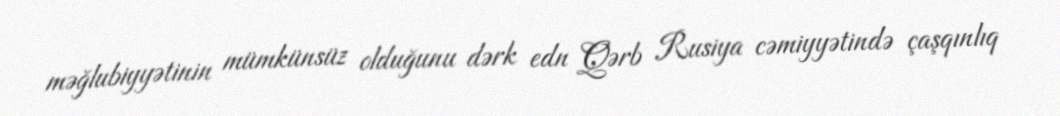
məğlubiyyətinin mümkünsüz olduğunu dərk edn Qərb Rusiya cəmiyyətində çaşqınlıq